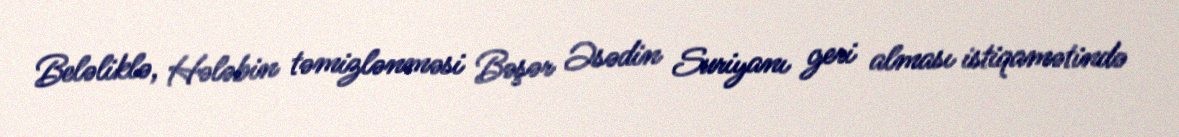
Beləliklə, Hələbin təmizlənməsi Bəşər Əsədin Suriyanı geri alması istiqamətində